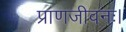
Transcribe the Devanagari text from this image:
प्राणजीवनः।